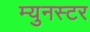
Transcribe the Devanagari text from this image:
म्युनस्टर